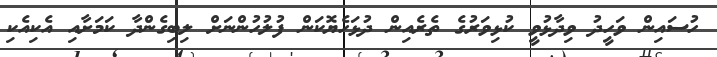
ހުސައިން ވަހީދު ވިދާޅުވީ ކުޅިވަރުގެ ތެރެއިން ދުޅަހެޔޮކަން ފުލުހުންނަށް ލިބިގެންދާ ކަމަށާއި އެކިއެކި